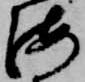
海